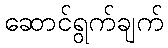
ဆောင်ရွက်ချက်